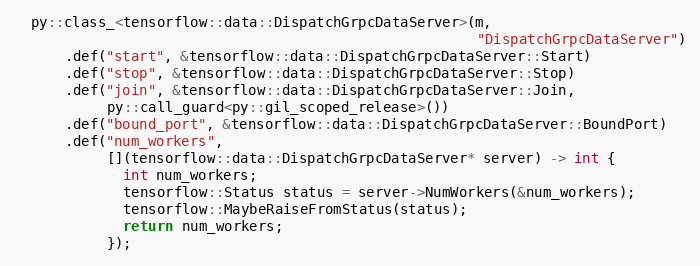
Language: C++
  py::class_<tensorflow::data::DispatchGrpcDataServer>(m,
                                                       "DispatchGrpcDataServer")
      .def("start", &tensorflow::data::DispatchGrpcDataServer::Start)
      .def("stop", &tensorflow::data::DispatchGrpcDataServer::Stop)
      .def("join", &tensorflow::data::DispatchGrpcDataServer::Join,
           py::call_guard<py::gil_scoped_release>())
      .def("bound_port", &tensorflow::data::DispatchGrpcDataServer::BoundPort)
      .def("num_workers",
           [](tensorflow::data::DispatchGrpcDataServer* server) -> int {
             int num_workers;
             tensorflow::Status status = server->NumWorkers(&num_workers);
             tensorflow::MaybeRaiseFromStatus(status);
             return num_workers;
           });